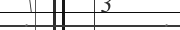
:         :